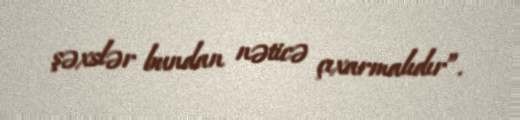
şəxslər bundan nəticə çıxarmalıdır”.